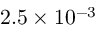
2 . 5 \times 1 0 ^ { - 3 }